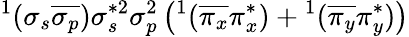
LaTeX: ^1(\sigma_{s}\overline{{\sigma_{p}}})\sigma_{s}^{*2}\sigma_{p}^{2}\left(^1(\overline{{\pi_{x}}}\pi_{x}^{*})+{}^{1}(\overline{{\pi_{y}}}\pi_{y}^{*})\right)